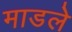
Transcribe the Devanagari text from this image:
माडले